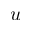
u